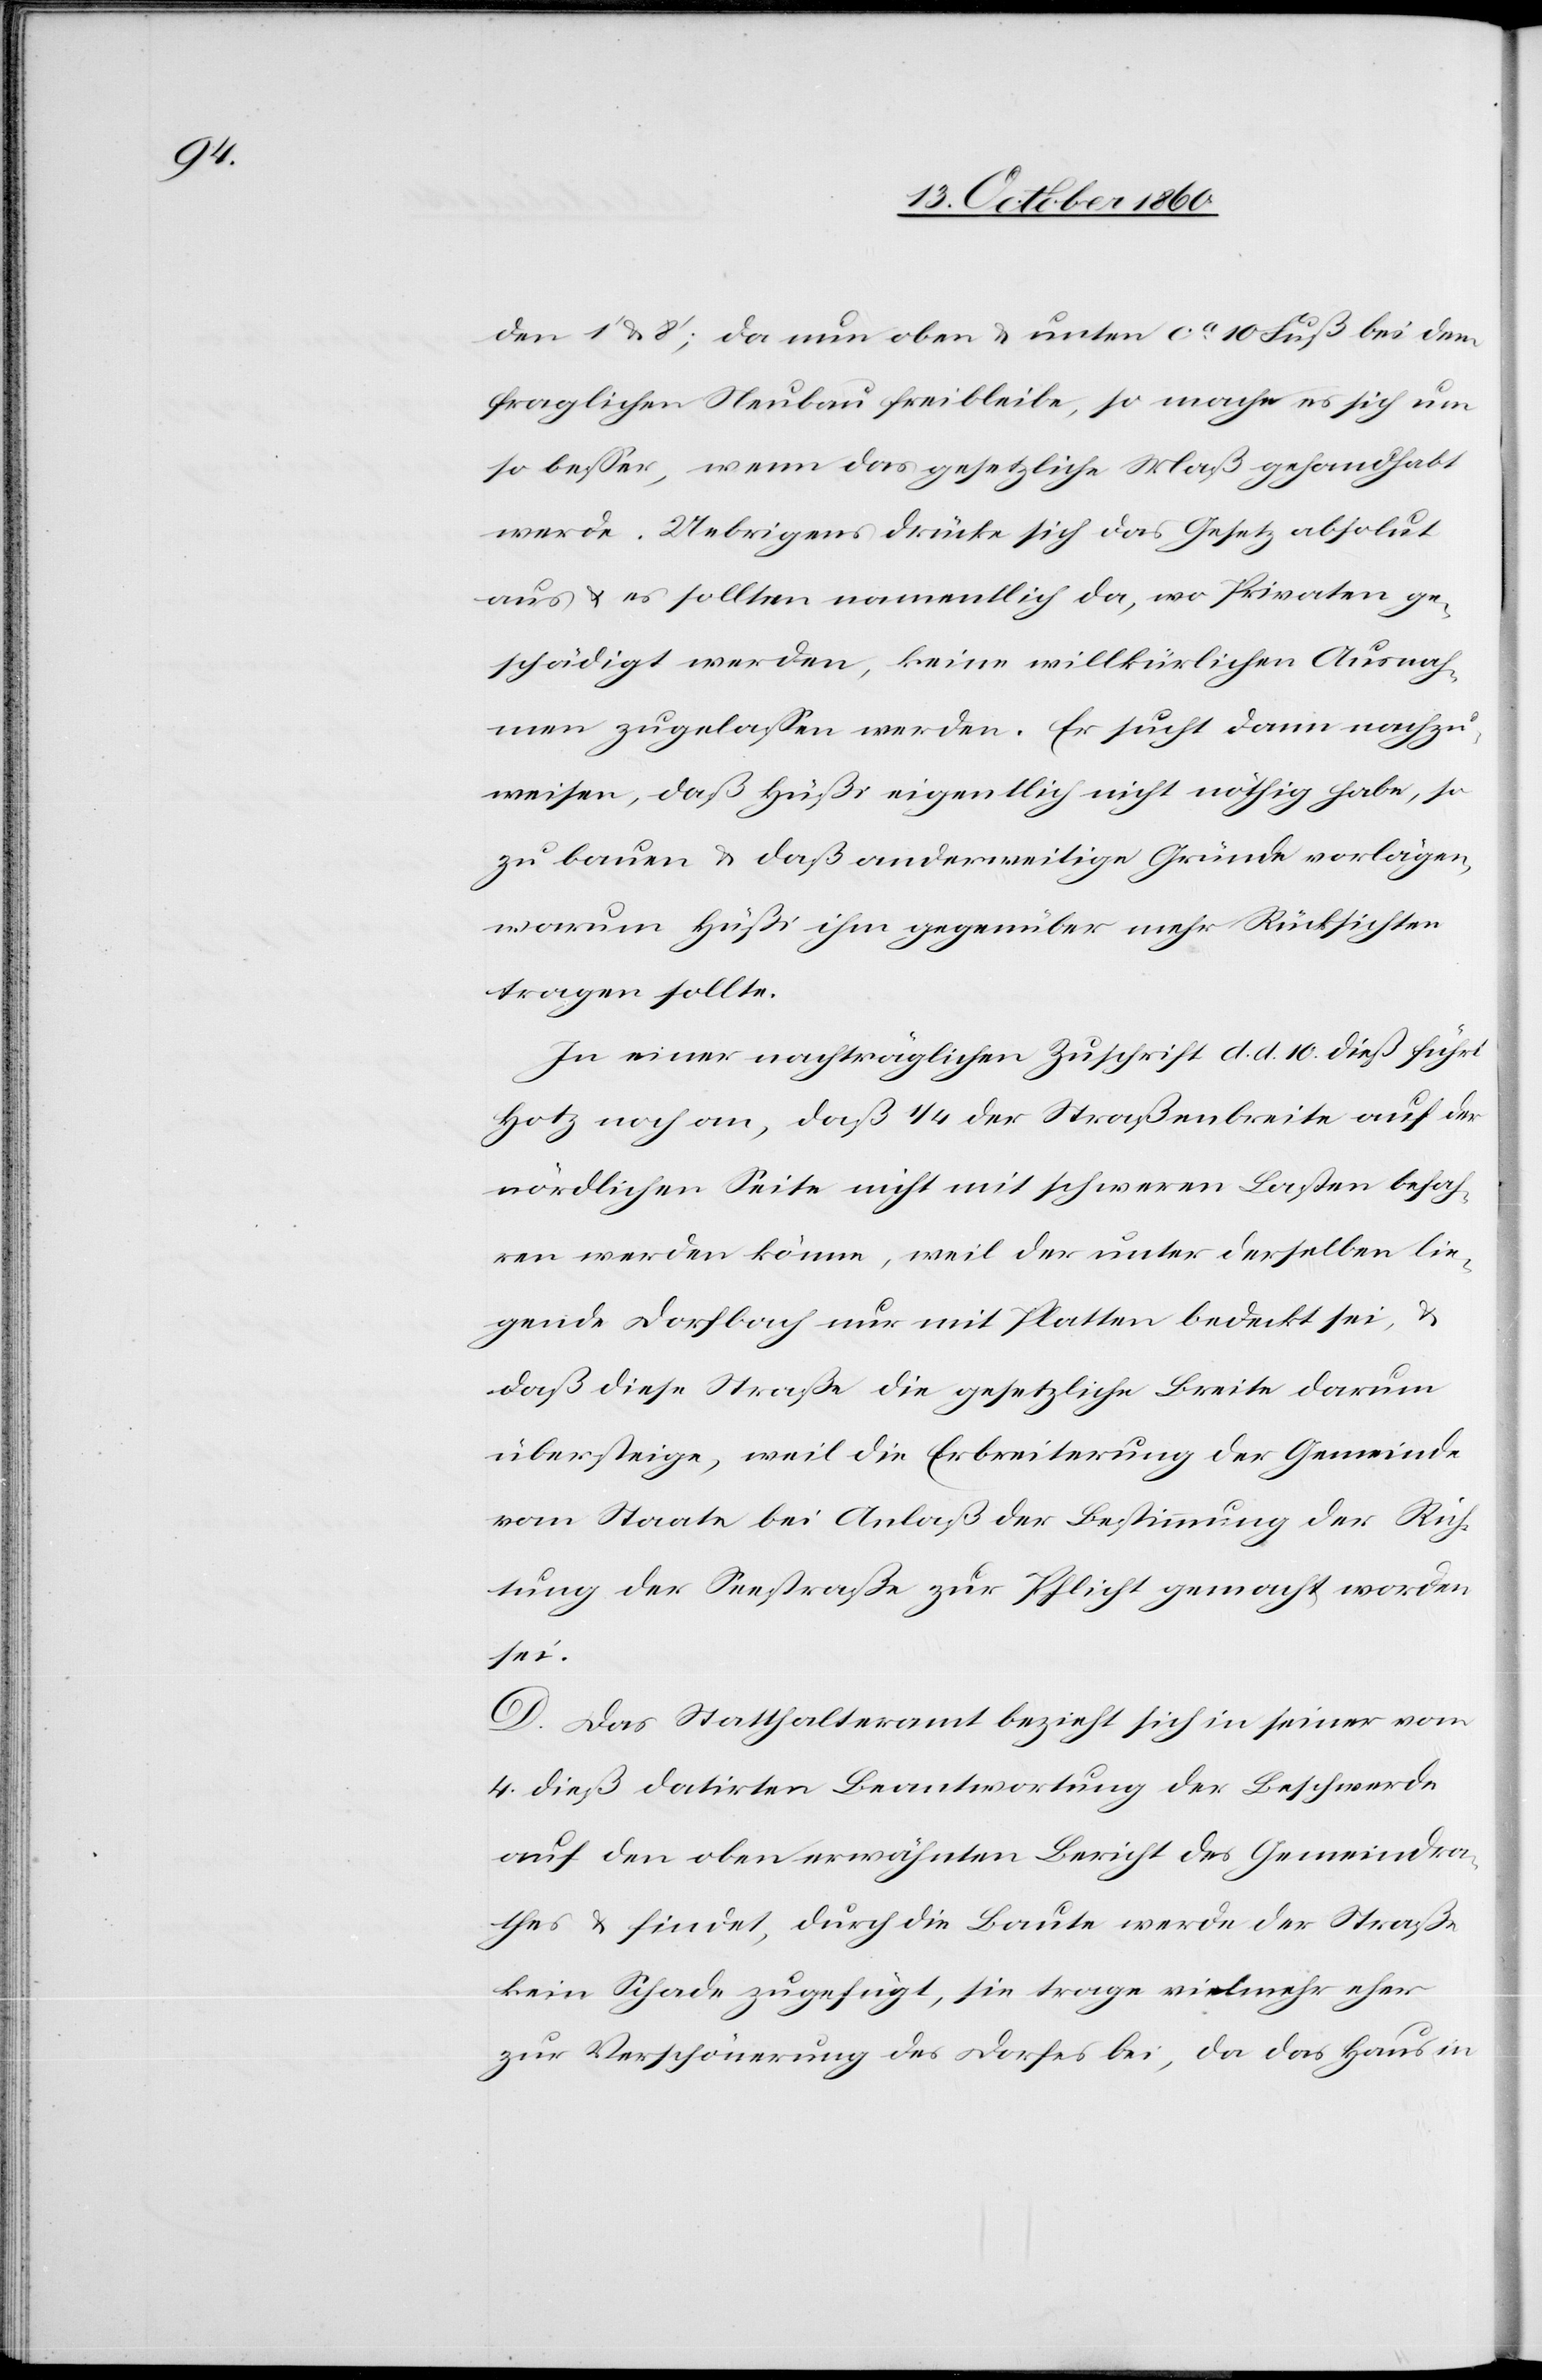
den 1’ u. 8’; da nun oben u. unten ca 10 Fuß bei dem
fraglichen Neubau frei bleibe, so mache es sich um
so besser, wenn das gesetzliche Maß gehandhabt
werde. Uebrigens drücke sich das Gesetz absolut
aus u. es sollten namentlich da, wo Privaten ge¬
schädigt werden, keine willkürlichen Ausnah¬
men zugelassen werden. Er sucht dann nachzu¬
weisen, daß Hüßi eigentlich nicht nöthig habe, so
zu bauen u. daß anderweitige Gründe vorlägen,
warum Hüßi ihm gegenüber mehr Rücksichten
tragen sollte.
In einer nachträglichen Zuschrift d. d. 10. dieß führt
Hotz noch an, daß 1/4 der Straßenbreite auf der
nördlichen Seite nicht mit schweren Lasten befah¬
ren werden könne, weil der unter derselben lie¬
gende Dorfbach nur mit Platten bedeckt sei, u.
daß diese Straße die gesetzliche Breite darum
übersteige, weil die Erbreiterung der Gemeinde
vom Staate bei Anlaß der Bestimmung der Rich¬
tung der Seestraße zur Pflicht gemacht worden
sei.
D. Das Statthalteramt bezieht sich in seiner vom
4. dieß datirten Beantwortung der Beschwerde
auf den oben erwähnten Bericht des Gemeindra¬
thes u. findet, durch die Baute werde der Straße
kein Schade[n] zugefügt, sie trage vielmehr eher
zur Verschönerung des Dorfes bei, da das Haus in